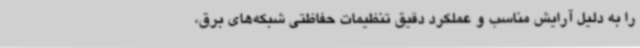
را به دلیل آرایش مناسب و عملکرد دقیق تنظیمات حفاظتی شبکه‌های برق،